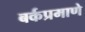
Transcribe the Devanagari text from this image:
बर्कप्रमाणे